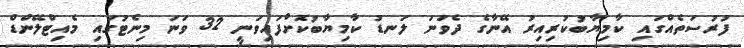
ފުރުސަތެއްގައި ކާމިޔާބުކުރިއިރު އޭނާގެ ދެވަނަ ލަނޑު ކާމިޔާބުކޮށްފައިވަނީ 32 ވަނަ މިނެޓުގައި މެއިޓްލޭންޑް